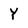
Character: Y